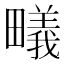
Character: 𭻳